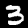
Digit: 3